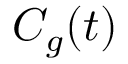
C _ { g } ( t )